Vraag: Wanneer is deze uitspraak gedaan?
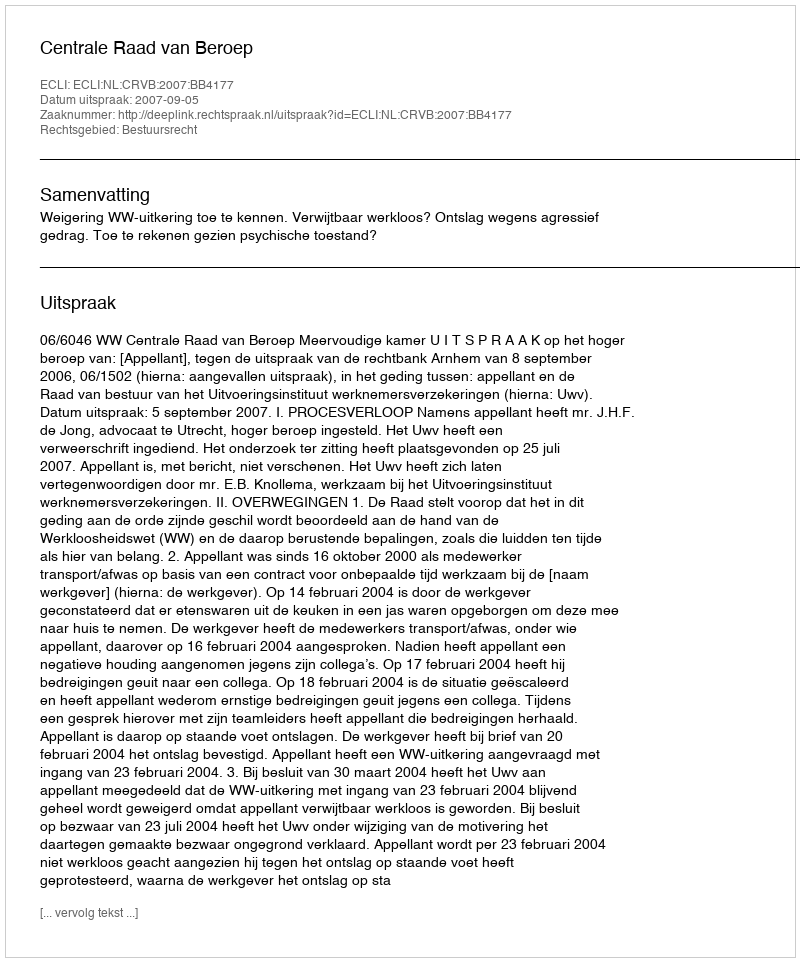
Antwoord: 2007-09-05